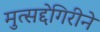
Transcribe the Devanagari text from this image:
मुत्सद्देगिरीने